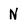
Character: N